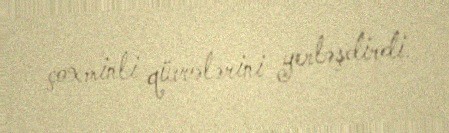
çoxminli qüvvələrini yerləşdirdi.